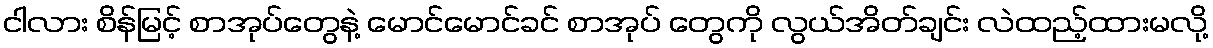
ငါလား စိန်မြင့် စာအုပ်တွေနဲ့ မောင်မောင်ခင် စာအုပ် တွေကို လွယ်အိတ်ချင်း လဲထည့်ထားမလို့